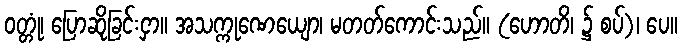
ဝတ္တုံ၊ ပြောဆိုခြင်းငှာ။ အသက္ကုဏေယျော၊ မတတ်ကောင်းသည်။ (ဟောတိ၊ ၌ စပ်)၊ ပေ။